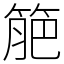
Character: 䈈